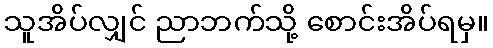
သူအိပ်လျှင် ညာဘက်သို့ စောင်းအိပ်ရမှ။